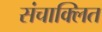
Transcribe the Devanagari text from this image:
संचाक्लित